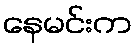
နေမင်းက